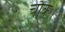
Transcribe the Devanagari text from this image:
चौंके।